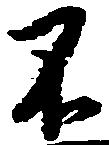
不